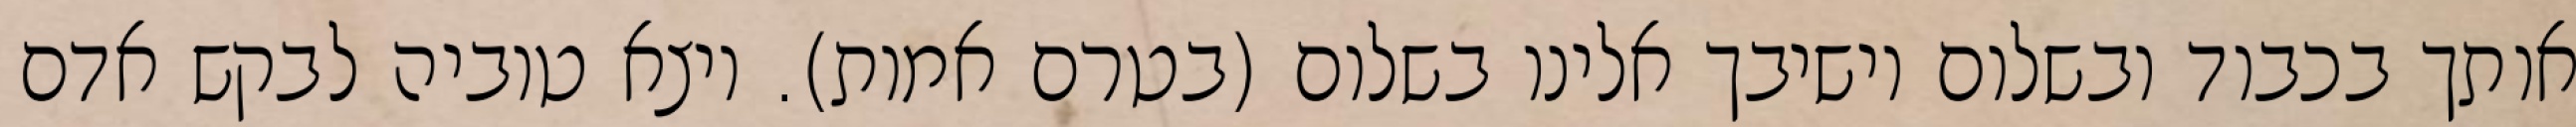
אותך בכבוד ובשלום וישיבך אלינו בשלום (בטרם אמות). ויצא טוביה לבקש אדם